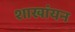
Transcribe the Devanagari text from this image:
शाखांयन